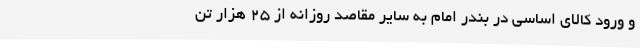
و ورود کالای اساسی در بندر امام به سایر مقاصد روزانه از ۲۵ هزار تن